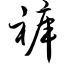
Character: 裤